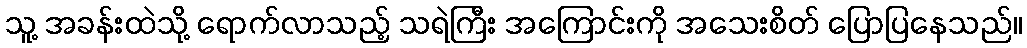
သူ့ အခန်းထဲသို့ ရောက်လာသည့် သရဲကြီး အကြောင်းကို အသေးစိတ် ပြောပြနေသည်။